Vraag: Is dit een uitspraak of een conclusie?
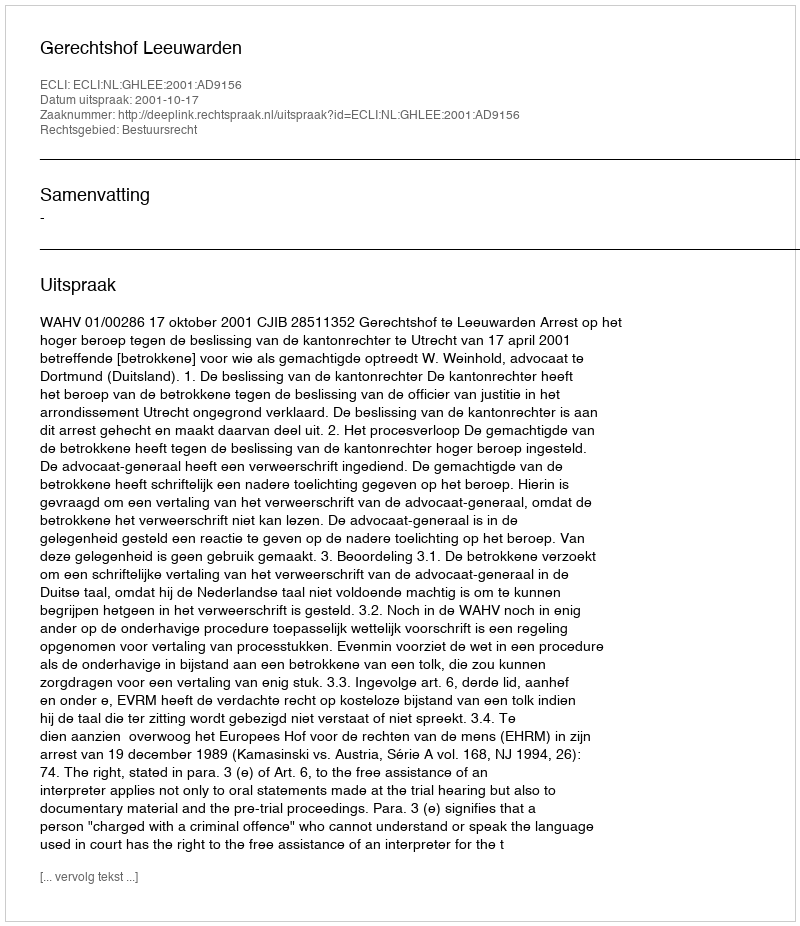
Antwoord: Uitspraak